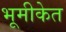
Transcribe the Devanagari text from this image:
भूमीकेत